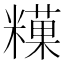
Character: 𥼧